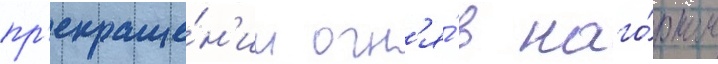
пр'екраще́н'ии огн'я́ в наго́рном